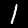
Label: 1